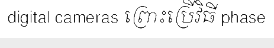
digital cameras ព្រោះប្រើវិធី phase